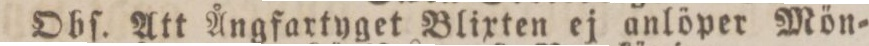
Obſ. Att Ångfartyget Blixten ej anlöper Mön=